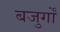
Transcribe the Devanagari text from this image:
बजुर्गों